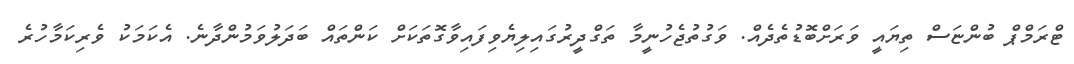
ޓްރަމްޕް ބުންޏަސް ތިޔައީ ވަރަށްބޮޑުތެދެއް. ވަގުތުޖެހުނީމާ ތަގްދީރުގައިލިޔެވިފައިވާގޮތަކަށް ކަންތައް ބަދަލުވަމުންދާނެ. އެކަމަކު ވެރިކަމާހުރެ